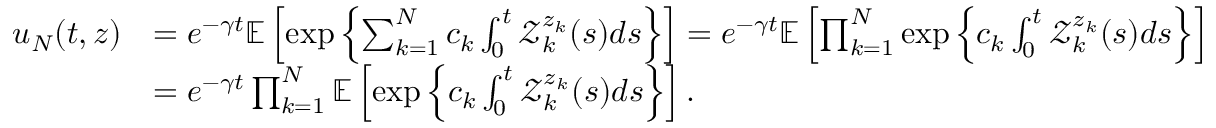
\begin{array} { r l } { u _ { N } ( t , z ) } & { = e ^ { - \gamma t } \mathbb { E } \left[ \exp \left\{ \sum _ { k = 1 } ^ { N } c _ { k } \int _ { 0 } ^ { t } \mathcal { Z } _ { k } ^ { z _ { k } } ( s ) d s \right\} \right] = e ^ { - \gamma t } \mathbb { E } \left[ \prod _ { k = 1 } ^ { N } \exp \left\{ c _ { k } \int _ { 0 } ^ { t } \mathcal { Z } _ { k } ^ { z _ { k } } ( s ) d s \right\} \right] } \\ & { = e ^ { - \gamma t } \prod _ { k = 1 } ^ { N } \mathbb { E } \left[ \exp \left\{ c _ { k } \int _ { 0 } ^ { t } \mathcal { Z } _ { k } ^ { z _ { k } } ( s ) d s \right\} \right] . } \end{array}